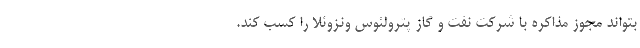
بتواند مجوز مذاکره با شرکت نفت و گاز پترولئوس ونزوئلا را کسب کند.